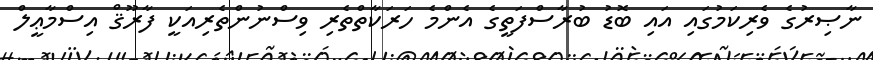
ނާޞިރުގެ ވެރިކަމުގައި އައި ބޮޑު ބުރާސްފަތީގެ އެންމެ ހަރަކާތްތެރި ވިސްނުންތެރިއަކީ ފާރޫޤް އިސްމާޢީލް